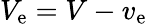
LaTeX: V_{\mathrm{e}}=V-v_{\mathrm{e}}